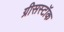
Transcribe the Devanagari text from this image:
ग्रीसस्टॉक